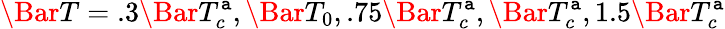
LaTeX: \Bar{T}=.3\Bar{T}_{c}^{\mathtt{a}},\Bar{T}_{0},.75\Bar{T}_{c}^{\mathtt{a}},\Bar{T}_{c}^{\mathtt{a}},1.5\Bar{T}_{c}^{\mathtt{a}}